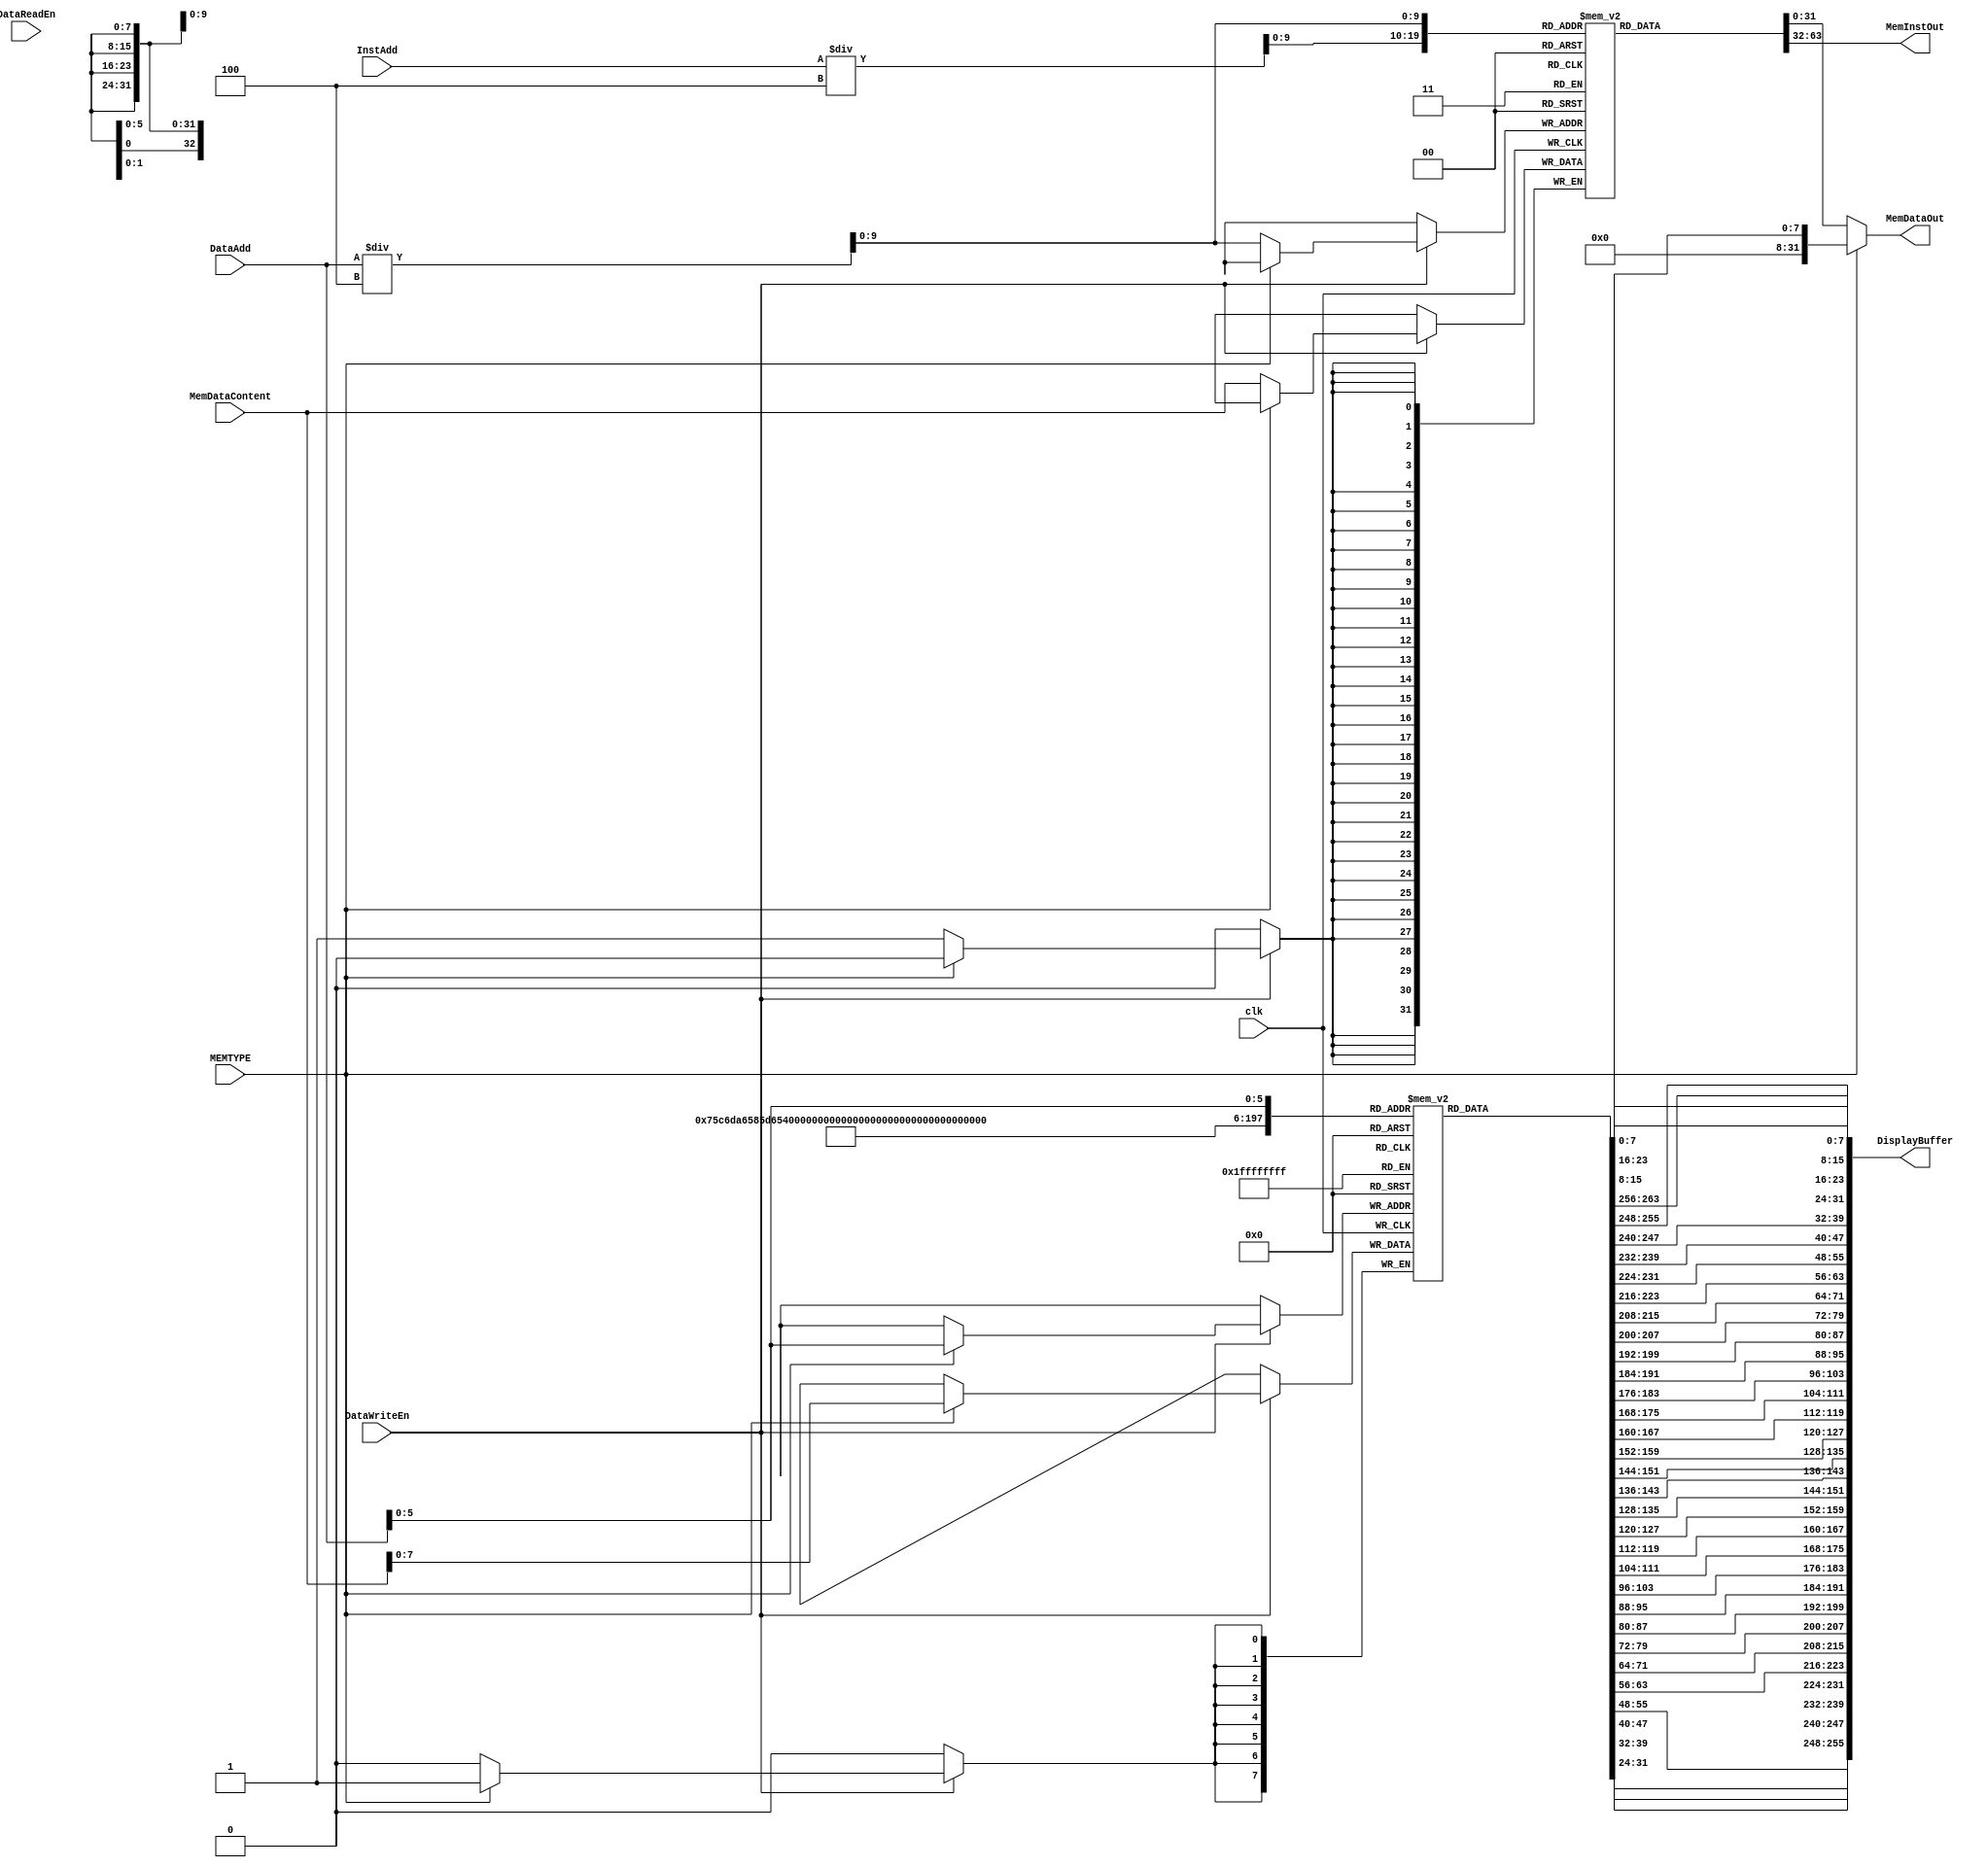
module PowerOfTwoMemory
  #(
    parameter DisplayBufferSize = 256
    )(
      input wire 			clk,
  
      input wire [31:0] 		InstAdd, // Address to fetch instruction from
      input wire [31:0] 		DataAdd, // Address to fetch data from
      input wire [31:0] 		MemDataContent,
  
      input wire 			DataReadEn, // Enables output from memory
      input wire 			DataWriteEn, // Enables writing to memory at end of cur. cycle

      input wire 			MEMTYPE, // Enables writing to memory at end of cur. cycle
  
      output reg [31:0] 		MemDataOut, // Data from memory
      output reg [31:0] 		MemInstOut, // Instruction from memory	
      output wire [DisplayBufferSize-1:0] DisplayBuffer
      );
   
   reg [31:0] 				mem [1023:0];
   reg [7:0] 				dispMem [DisplayBufferSize/8:0];

   genvar i;
   generate
       for (i = 0; i < DisplayBufferSize/8; i = i + 1) begin
	   assign DisplayBuffer[(i+1)*8 - 1 : i*8] = dispMem[DisplayBufferSize/8-i-1][7:0];
       end
   endgenerate

   initial begin
       mem[0] = 32'h77FF0008;
       mem[1] = 32'h77FF0001;
       mem[2] = 32'h77FF0001;
       mem[3] = 32'h77FF0005;
       mem[4] = 32'hD33A0001;
       mem[5] = 32'h7BF90001;
       mem[6] = 32'h77FF0002;
       mem[7] = 32'h031F0000;
       mem[8] = 32'h6FFE0000;
       mem[9] = 32'hc31f0001;
       mem[10] = 32'hC35F0001;
       mem[11] = 32'h8318C000;
       mem[12] = 32'h77DFFFF7;
       mem[13] = 32'h7BF8FFFD;
       mem[14] = 32'hC31F0001;
       mem[15] = 32'h00000000;
   end
   
   always @(posedge clk) begin
       //#1
       if (DataWriteEn) begin
            if (MEMTYPE) begin
                dispMem[DataAdd] = MemDataContent;

            end else begin
                mem[DataAdd/4] = MemDataContent;
            
            end
       end
   end
   
   always @(mem, DataAdd, InstAdd, MEMTYPE) begin
       //#2
       MemInstOut = mem[InstAdd/4];

       if (MEMTYPE) begin
        MemDataOut = dispMem[DataAdd];       
       end else begin
        MemDataOut = mem[DataAdd/4];
       end
   end
endmodule